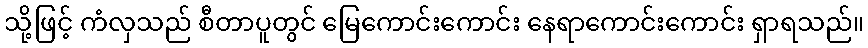
သို့ဖြင့် ကံလှသည် စီတာပူတွင် မြေကောင်းကောင်း နေရာကောင်းကောင်း ရှာရသည်။